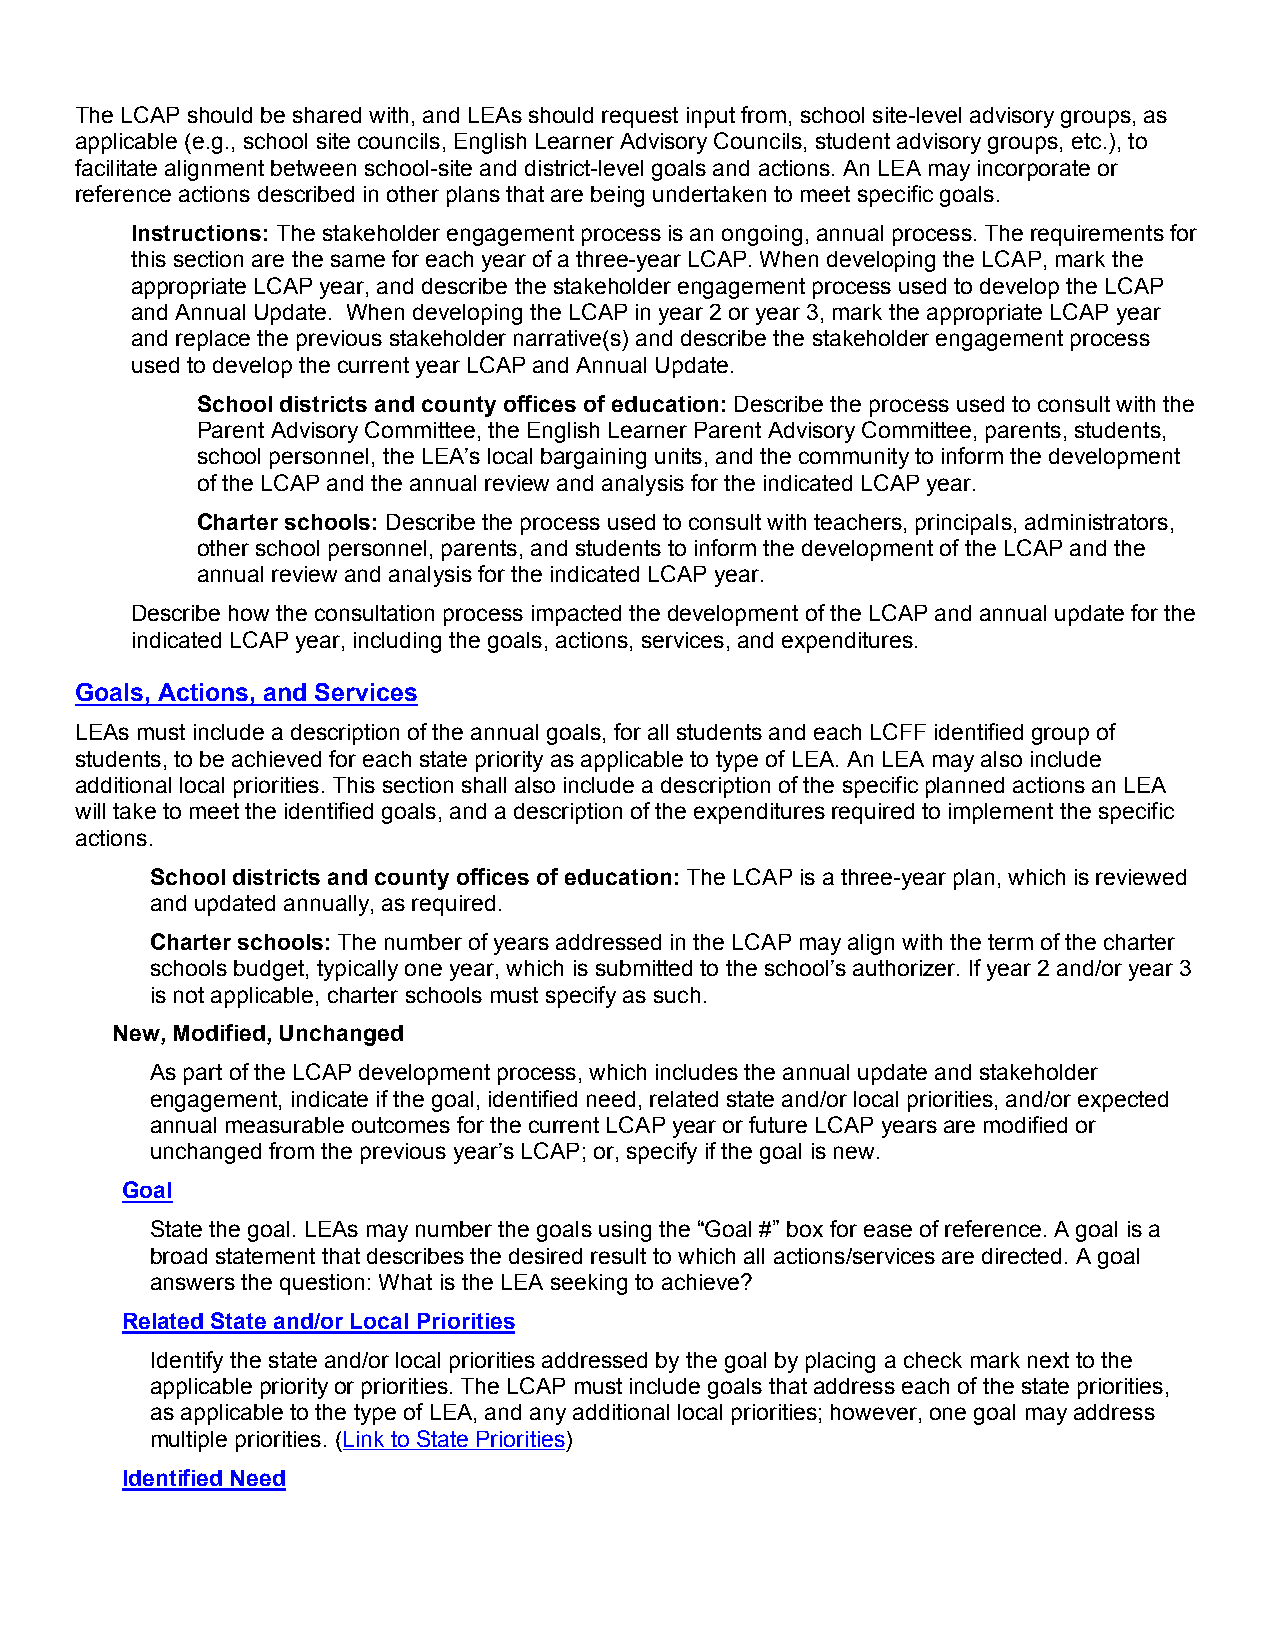
The LCAP should be shared with, and LEAs should request input from, school site-level advisory groups, as
 applicable (e.g., school site councils, English Learner Advisory Councils, student advisory groups, etc.), to
 facilitate alignment between school-site and district-level goals and actions. An LEA may incorporate or
 reference actions described in other plans that are being undertaken to meet specific goals.
 Instructions: The stakeholder engagement process is an ongoing, annual process. The requirements for
 this section are the same for each year of a three-year LCAP. When developing the LCAP, mark the
 appropriate LCAP year, and describe the stakeholder engagement process used to develop the LCAP
 and Annual Update. When developing the LCAP in year 2 or year 3, mark the appropriate LCAP year
 and replace the previous stakeholder narrative(s) and describe the stakeholder engagement process
 used to develop the current year LCAP and Annual Update.
 School districts and county offices of education: Describe the process used to consult with the
 Parent Advisory Committee, the English Learner Parent Advisory Committee, parents, students,
 school personnel, the LEA’s local bargaining units, and the community to inform the development
 of the LCAP and the annual review and analysis for the indicated LCAP year.
 Charter schools: Describe the process used to consult with teachers, principals, administrators,
 other school personnel, parents, and students to inform the development of the LCAP and the
 annual review and analysis for the indicated LCAP year.
 Describe how the consultation process impacted the development of the LCAP and annual update for the
 indicated LCAP year, including the goals, actions, services, and expenditures.
 Goals, Actions, and Services
 LEAs must include a description of the annual goals, for all students and each LCFF identified group of
 students, to be achieved for each state priority as applicable to type of LEA. An LEA may also include
 additional local priorities. This section shall also include a description of the specific planned actions an LEA
 will take to meet the identified goals, and a description of the expenditures required to implement the specific
 actions.
 School districts and county offices of education: The LCAP is a three-year plan, which is reviewed
 and updated annually, as required.
 Charter schools: The number of years addressed in the LCAP may align with the term of the charter
 schools budget, typically one year, which is submitted to the school’s authorizer. If year 2 and/or year 3
 is not applicable, charter schools must specify as such.
 New, Modified, Unchanged
 As part of the LCAP development process, which includes the annual update and stakeholder
 engagement, indicate if the goal, identified need, related state and/or local priorities, and/or expected
 annual measurable outcomes for the current LCAP year or future LCAP years are modified or
 unchanged from the previous year’s LCAP; or, specify if the goal is new.
 Goal
 State the goal. LEAs may number the goals using the “Goal #” box for ease of reference. A goal is a
 broad statement that describes the desired result to which all actions/services are directed. A goal
 answers the question: What is the LEA seeking to achieve?
 Related State and/or Local Priorities
 Identify the state and/or local priorities addressed by the goal by placing a check mark next to the
 applicable priority or priorities. The LCAP must include goals that address each of the state priorities,
 as applicable to the type of LEA, and any additional local priorities; however, one goal may address
 multiple priorities. (Link to State Priorities)
 Identified Need